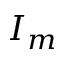
I _ { m }